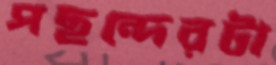
পছন্দেরটা